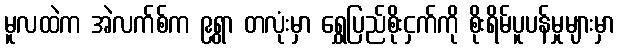
မူလထဲက အဲလက်စ်က ၉ရွာ တလုံးမှာ ရွှေပြည်စိုးငှက်ကို စိုးရိမ်ပူပန်မှုများမှာ